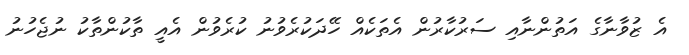
އެ ޒުވާނާގެ އަތުންނާއި ސަރުކާރުން އެތަކެއް ހޭދަކުރެވުނު ކުރެވުން އެއީ ތާކުންތާކު ނުޖެހުނު